Annual report of the Civil Veterinary Department, Bengal, for the year 1897-98 - 1897-1898
Year: 1897
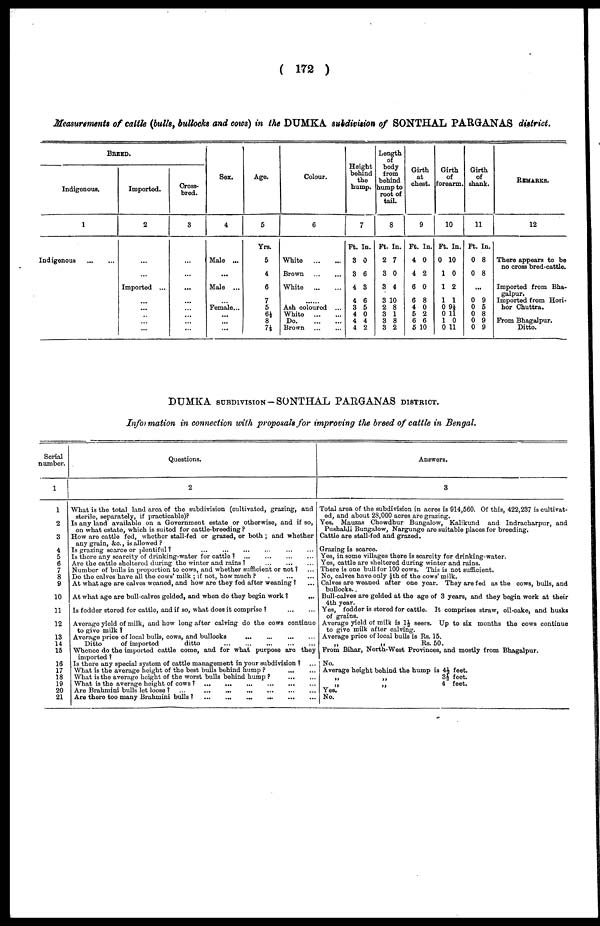
( 172 )
Measurements of cattle (bulls, bullocks and cows) in the DUMKA subdivision of SONTHAL PARGANAS district.
BREED.
Indigenous.
1
Indigenous
Imported.
2
...
...
Imported ...
...
...
...
....
...
Cross-
bred.
3
...
...
...
...
...
...
...
...
Sex.
4
Male ...
...
Male ...
...
Female...
...
...
...
Age.
5
Yrs.
5
4
6
7
5
6½
8
7½
Colour.
6
White
Brown
White
Ash coloured
White
Do
Brown
Height
behind
the
hump.
7
Ft. In.
3 0
3 6
4 3
4 6
3 5
4 0
4 4
4 2
Length
body
from
behind
hump to
root of
tail.
8
Ft. In.
2 7
3 0
3 4
3 10
2 8
3 1
3 8
3 2
Girth
at
chest.
9
Ft. In.
4 0
4 2
6 0
6 8
4 0
6 2
6 6
6 10
Girth
of
forearm.
10
Ft. In.
0 10
1 0
1 2
1 1
0 9½
0 11
1 0
0 11
Girth
of
shank.
11
Ft. In.
0 8
0 8
...
0 9
0 5
0 8
0 9
0 9
REMARKS.
12
There appears to be
no cross bred-cattle.
Imported from Bha-
Imported from Hori-
hor Chuttra.
From Bhagalpur.
Ditto.
DUMKA SUBDIVISION-SONTHAL PARGANAS DISTRICT.
Information in connection with proposals for improving the breed of cattle in Bengal.
Serial
number.
1
1
2
3
4
5
6
7
8
9
10
11
12
13
14
15
16
17
18
19
20
21
Questions.
2
What is the total land area of the subdivision (cultivated, grazing, and
sterile, separately, if practicable)?
Is any land available on a Government estate or otherwise, and if so,
on what estate, which is suited for cattle-breeding ?
How are cattle fod, whether stall-fed or grazed, or both ; and whether
any grain, &c., is allowed ?
Is grazing scarce or plentiful? ... .... .... ...
Is there any scarcity of drinking-water for cattle ? ... ... ... ... ...
Are the cattle sheltered during the winter and rains ? ... ... ...
Number of bulls in proportion to cows, and whether sufficient or not? ...
Do the calves have all the cows' milk ; if not, how much ? ... ... ...
At what age are calves weaned, and how are they fed after weaning ? ...
At what age are bull-calves gelded, and when do they begin work ?
Is fodder stored for cattle, and if so, what does it comprise ?
Average yield of milk, and how long after calving do the cows continue
to give milk ?
Average price of local bulls, cows, and bullocks ... ...
Ditto
of imported
ditto
Whence do the imported cattle come, and for what purpose are they
imported 1
Is there any special system of cattle management in your subdivision ? ...
What is the average height of the best bulls behind hump ? ... ...
What is the average height of the worst bulls behind hump ?
...
...
What is the average height of cows ?
...
...
...
......
...
...
...
Are Brahmini bulls let loose ? ...
Are there too many Brahmini bulls ?
...
...
...
...
...
...
...
...
Answers.
3
Total area of the subdivision in acres is 914,560. Of this, 422,237 is cultivat-
ed, and about 28,000 acres are grazing.
Yes. Mauzas Chowdhur Bungalow, Kalikund and Indracharpur, and
Pushaldi Bungalow, Nargungo are suitable places for breeding.
Cattle are stall-fed and grazed.
Grazing is scarce.
Yes, in some villages there is scarcity for drinking-water.
Yes, cattle are sheltered during winter and rains.
There is one bull for 100 cows. This is not sufficient.
No, calves have only ½th of the cows' milk.
Calves are weaned after one year. They are fed as the cows, bulls, and
bullocks..
Bull-calves are gelded at the age of 3 years, and they begin work at their
4th year.
Yes, fodder is stored for cattle. It comprises straw, oil.-cake, and husks
Average yield of milk is 1½ seers. Up to six months the cows continue
to give milk after calving.
Average price of local bulls is Rs. 15.
„
„
Rs. 50.
From Bihar, North-West Provinces, and mostly from Bhagalpur.
No.
Average height behind the hump is 44 feet.
„
„
3½
feet.
„
„
4 feet.
Yes.
No.